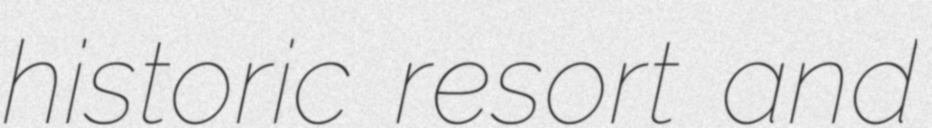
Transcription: historic resort and